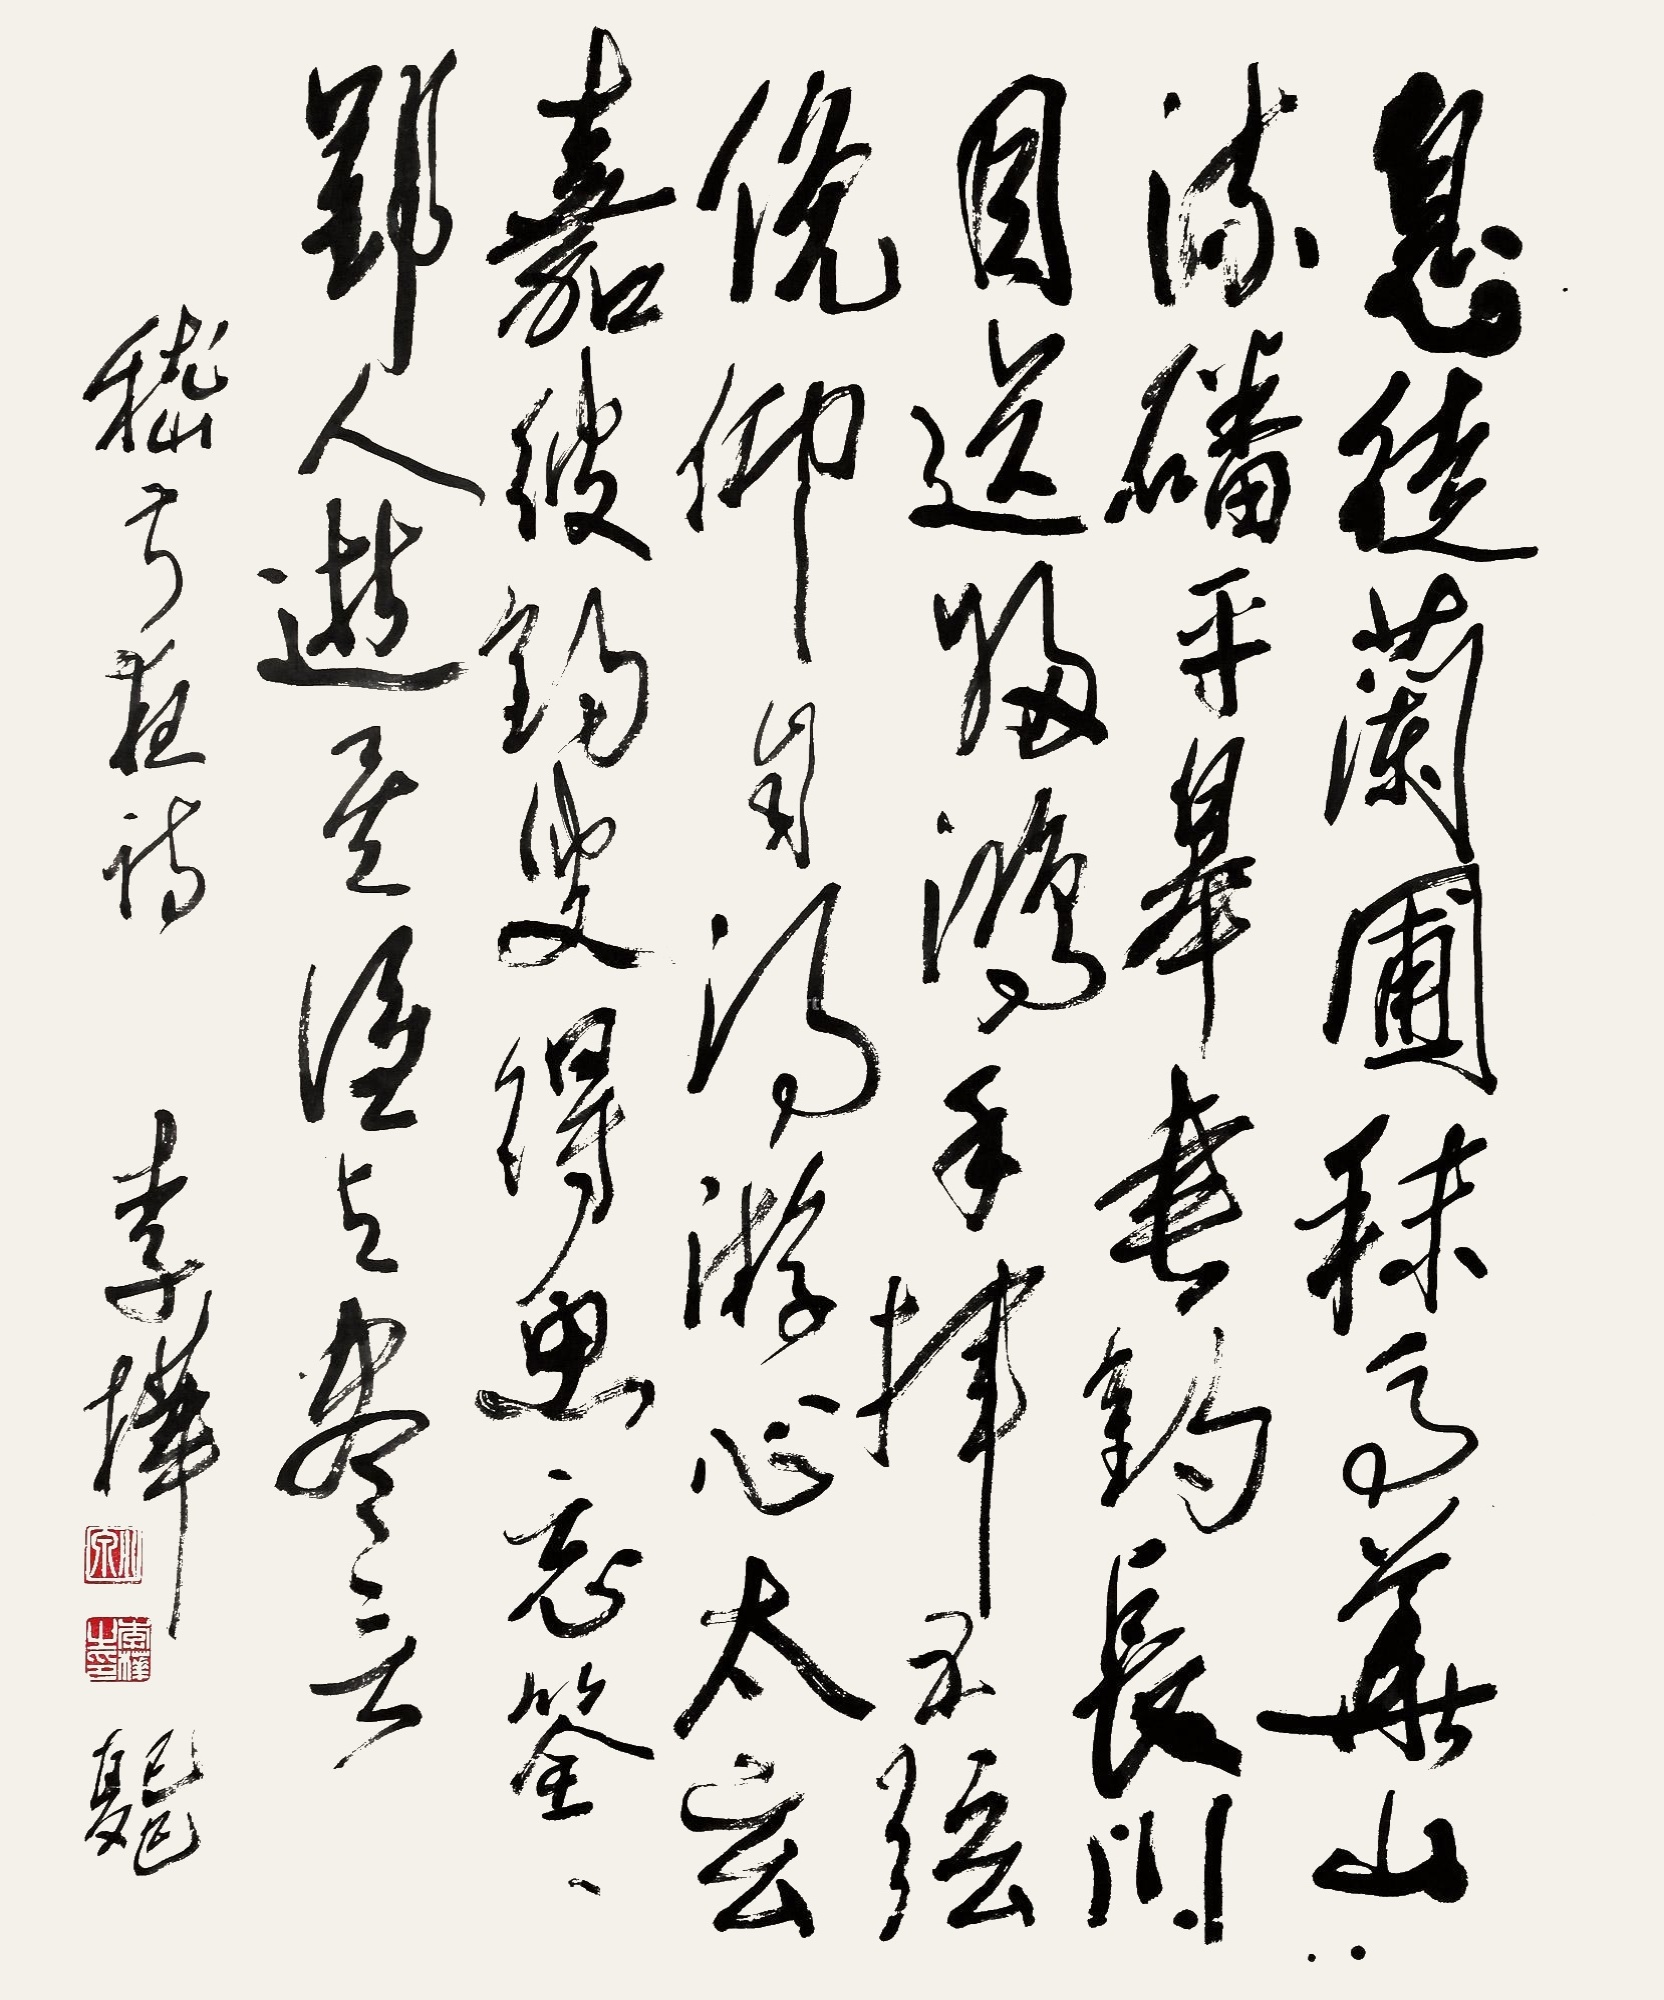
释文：息徒兰圃，秣马华山。流磻平皋，垂纶长川。目送归鸿，手挥五弦。俯仰自得，游心太玄。嘉彼钓叟，得鱼忘筌。郢人逝矣，谁与尽言。嵇叔夜诗。李桦，己巳（1989年）夏。